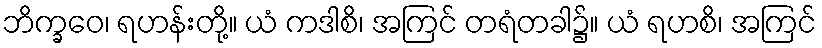
ဘိက္ခဝေ၊ ရဟန်းတို့။ ယံ ကဒါစိ၊ အကြင် တရံတခါ၌။ ယံ ရဟစိ၊ အကြင်